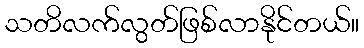
သတိလက်လွတ်ဖြစ်လာနိုင်တယ်။